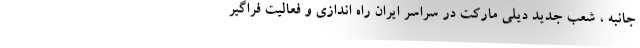
جانبه ، شعب جدید دیلی مارکت در سراسر ایران راه اندازی و فعالیت فراگیر